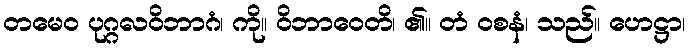
တမေဝ ပုဂ္ဂလဝိဘာဂံ၊ ကို။ ဝိဘာဝေတိ၊ ၏။ တံ ဝစနံ၊ သည်။ ဟေဋ္ဌာ၊